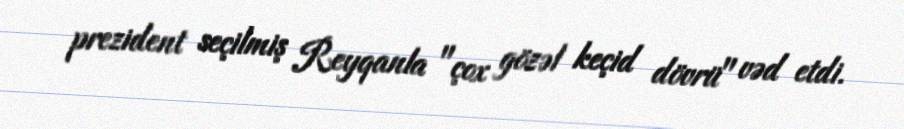
prezident seçilmiş Reyqanla "çox gözəl keçid dövrü" vəd etdi.